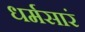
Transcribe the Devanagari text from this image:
धर्मसारं